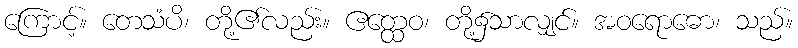
ကြောင့်။ တေသံပိ၊ တို့၏လည်း။ ဧတ္ထေဝ၊ တို့၌သာလျှင်။ အဝရောဓော၊ သည်။